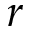
r